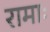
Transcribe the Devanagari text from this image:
रामाः